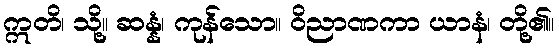
ဣတိ၊ သို့။ ဆန္နံ၊ ကုန်သော။ ဝိညာဏကာ ယာနံ၊ တို့၏။